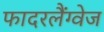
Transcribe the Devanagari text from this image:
फादरलैंग्वेज